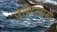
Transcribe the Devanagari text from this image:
जुपिटरवासी